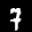
Label: 7